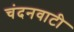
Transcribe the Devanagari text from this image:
चंदनवाटी